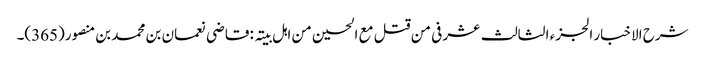
شرح الاخبار الجزء الثالث عشر فی من قتل مع الحسین من اہل بیتہ : قاضی نعمان بن محمد بن منصور(365)۔